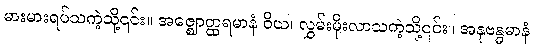
မားမားရပ်သကဲ့သို့၎င်း။ အဇ္ဈောတ္ထရမာနံ ဝိယ၊ လွှမ်းမိုးလာသကဲ့သို့၎င်း။ အနုဗန္ဓမာနံ